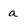
Character: a